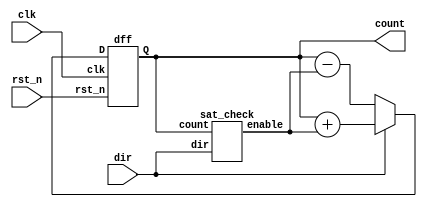
module hw5_q1 (
  input dir, clk, rst_n,
  output [3:0] count
  );
  
  wire [3:0] w1, w2, w3, w4;
  wire enable;
  
  assign w1 = count - enable;
  assign w2 = count + enable;
  assign w3 = dir ? w2 : w1;
  
  sat_check inst_0 (count, dir, enable);
  dff DQ (.Q(count), .D(w3), .rst_n(rst_n), .clk(clk));
  
endmodule




module sat_check (
  input [3:0] count,
  input dir,
  output  enable
  );
  
  wire w1, w2;
  
  and U1A (w1, ~count[0], ~count[1], ~count[2], ~count[3], ~dir);
  and U1B (w2, count[0], count[1], count[2], count[3], dir);
  and U2 (enable, ~w1, ~w2);
  
endmodule




module dff #(
  parameter WIDTH=4
) (
  input rst_n, clk,
  input [WIDTH-1:0] D,
  output reg [WIDTH-1:0] Q
);

  always @( posedge clk )
  begin
    if( !rst_n )
      Q <= 0;
    else
      Q <= D;
  end

endmodule